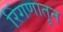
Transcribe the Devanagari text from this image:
रिंगणातून